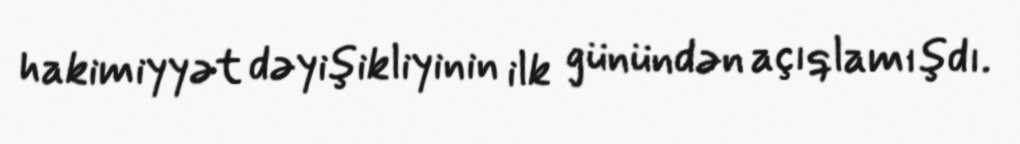
hakimiyyət dəyişikliyinin ilk günündən açıqlamışdı.